Report on horse surra - Volume I
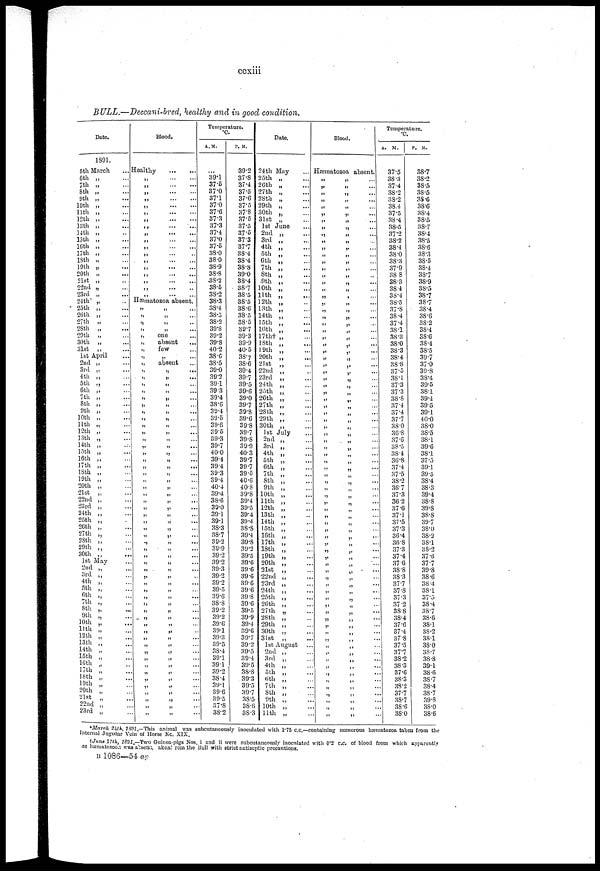
ccxiii
BULL.—Deccani-bred, healthy and in good condition.
Date.
1891.
5th
6th
7th
8th
9th
10th
11th
12th
13th
14th
15th
16th
17th
18th
19th
20th
21st
22nd
23rd
24th*
25th
26th
27th
28th
29th
30th
31st
1st
2nd
3rd
4th
5th
6th
7th
8th
9th
10th
11th
12th
]3th
14th
15th
16th
17th
18th
19th
20th
21st
22nd
23rd
24th
25th
26th
27th
28th
29th
30th
1st
2nd
3rd
4th
5th
6th
7th
8th
9th
10th
11th
12 th
13th
14th
15th
16th
17th
18th
19th
20th
21st
22nd
23rd
March
„
„ ...
,„
...
„ ...
„
...
„ ...
„
...
„
...
„
„
...
„
...
„
...
„
„
„
...
„
„
„
...
„
„
„ ...
„
...
„ ...
„
...
„ ...
„
...
April
„ ...
„ ...
„
„
„ ...
„
...
„ ...
„
„
„
„
...
„
„
„
...
„
„
...
„
...
„
...
„
...
„
...
„
...
„
...
„
...
„
„
...
„
„
„
„
...
May
„ ...
„
„
„
„
„
..
„
...
„
„ ...
„
...
„
..
„
..
„
..
„
„
..
„
..
„
...
„
„
..
„
Blood.
Healthy
„
„
„
„
„
„
„
„
„
„
„
„
„
„
„
„
„
„
...
...
...
...
...
...
...
...
...
...
...
...
...
...
...
...
...
...
...
...
...
...
...
...
...
...
...
...
...
...
...
...
...
..
Hæmatozoa absent.
„
„
„
„
„
„
„
„
„
„
„
„
„
„
„
„
„
„
„
„
„
„
„
„
„
„
„
„
„
„
„
„
„
„
„
„
„
„
„
„
„
„
„
„
„
„
„
„
„
„
„
„
„
„
„
„
„
„
„
„
„
„
„
„
„
one
absent
few
„
absent
„
„
„
„
„
„
„
„
„
„
„
„
„
„
„
„
„
„
„
„
„
„
„
„
„
„
„
„
„
„
„
„
„
„
„
„
„
„
„
„
„
„
„
„
„
„
„
„
„
„
„
...
...
...
...
...
...
...
...
...
...
...
...
...
...
...
...
...
...
...
...
...
...
...
...
...
...
...
...
...
...
...
...
...
...
...
...
..
...
...
..
..
..
..
.
..
..
..
..
..
..
..
..
...
..
Temperature.
°C.
A. M.
...
39.1
37 5
37.0
37.1
37.0
37.6
37.3
37.3
37.4
37.0
37.5
38.0
38.0
38.9
38.8
38.2
38.5
38.2
38.3
88.4
38.5
38.2
39.8
39.2
39.8
40.2
38.6
38.5
39.0
39.2
39.1
39 3
39.4
38.6
39.4
39.5
39.6
39.5
39.3
39.7
40.0
39.4
39 4
39.3
39.4
40.4
39.4
38.6
39.0
39.1
39.1
38.3
38.7
39.2
39.9
39.2
39.2
39.3
39.2
39.2
39.5
39.6
38.8
39.2
39.2
39.6
39.1
39.3
39.5
38.4
39.1
39.1
39.2
38.4
39.1
39.6
39.5
37.8
38.2
P. M.
39.2
37.8
37.4
37.5
37.6
37.5
37.8
37.5
37.5
37.5
37.3
37.7
38.4
38.4
38.8
39.0
38.4
38.7
38.5
38.5
38.6
38.5
38.5
39.7
39.3
39.9
40.5
38.7
38.6
39.4
39.7
39.5
39.6
39.0
39.7
39.8
39.6
39.8
39.7
39.8
39.9
40.3
39.7
39.7
39.5
40.6
40.8
39.8
39.4
39.5
39.4
39.4
38.8
39.4
39.8
39.2
39.5
39.6
39.6
39.6
39.6
39 6
39.8
39.6
39.5
39.9
39.4
39.6
39.7
39.2
39.5
39.4
39.5
38.8
39.3
39.5
39.7
38.5
38.6
38.3
Date.
24th
25th
26th
27th
28th
29th
30th
31st
1st
2nd
3rd
4th
5th
6th
7th
8th
9th
10th
11th
12th
13th
14th
15th
16th
17th
18th
19th
20th
21st
22nd
23rd
24th
25th
26th
27th
28th
29th
30th
1st
2nd
3rd
4th
5th
6th
7th
8th
9th
10th
11th
12th
13th
14th
15th
16th
17th
18th
19th
20th
21st
22nd
23rd
24th
25th
26th
27th
28th
29th
30th
31st
1st
2nd
3rd
4th
5th
6th
7th
8th
9th
10th
11th
May
„
...
„
...
„
...
„
...
„
...
„
„
...
June
„ ...
„ ...
„
...
„
...
„
...
„ ...
„ ...
„ ...
„ ...
„
„ ...
„ ...
„ ...
„ ...
„
...
„
„
„
„
...
„ ...
„
...
„
...
„ ...
„ ...
„ ...
„ ...
„ ...
„
...
„
...
July
„ ...
„ ...
„ ...
„ ...
„
„
„
„
„
„
„
„
.„
„
...
„ ...
„
„ ...
„ ...
„ ...
„ ...
„
...
„
...
„
...
„
„ ...
„ ...
„
„ ...
„ ...
„ ...
August
„
„
...
„
...
„
...
...
„
...
„
...
„
...
„
„
Blood.
Hæmatozoa absent.
„
„
„
„
„
„
„
„
„
„
„
„
„
„
„
„
„
„
„
„
„
„
„
„
„
„
„
„
„
„
„
„
„
„
„
„
„
„
„
„
„
„
„
„
„
„
„
„
„
„
„
„
„
„
„
„
„
„
„
„
„
„
„
„
„
„
„
„
„
„
„
„
„
„
„
„
„
„
„
„
„
„
„
„
„
„
„
„
„
„
„
„
„
„
„
„
„
„
„
„
„
„
„
„
„
„
„
„
„
„
„
„
„
„
„
„
„
„
„
„
„
„
„
„
„
„
„
„
„
„
„
„
„
„
„
„
„
„
„
„
„
„
„
„
„
„
„
„
„
„
„
„
„
„
„
...
...
...
...
...
...
...
...
...
...
...
...
...
...
...
...
...
...
...
....
...
...
...
...
...
...
...
...
...
...
...
...
...
...
...
...
...
...
....
...
...
...
...
...
...
...
...
...
...
...
...
...
...
...
...
...
...
...
...
...
..
...
...
...
...
...
...
...
...
...
...
...
...
...
...
Temperature. °C
A.
M.
37.5
38.3
37 4
38.2
38.2
38.4
37.5
38.4
38.5
37.2
38.2
38.4
38.0
38.3
37.9
38.8
38.3
38. 4
38.4
38.5
37.8
38.4
37.4
38.1
38.3
38 .0
38.3
38.4
38.8
37.5
38.1
37.3
37.3
38.8
37.4
37.4
37.7
38.0
36.8
37.6
38.5
38.4
36.8
37.4
37.5
38.2
36.7
37.3
36 2
37.6
37.1
37.5
37.3
36.4
36.8
37.3
37.4
37 .6
38.8
38.3
37.7
37.8
37.3
37.2
38.8
38.4
37.6
37.4
37.8
37.5
37.7
38.2
38.3
37.6
38.3
38.2
37.7
38.7
38.6
38.0
P.
M.
38.7
38.2
38.5
38.5
38.6
38.6
38.4
38.5
38.7
38.4
38.5
38.6
38.3
38.5
38.4
38.7
38.9
38.5
38.7
38.7
38.4
38.6
38.2
38.4
38.6
38.4
38.5
39.7
37.0
39.8
38.4
39.5
381
39.4
39.5
39.1
40.0
38.0
38.5
38.1
39.6
38.1
37.5
39.1
39.5
38.4
38.3
39.4
38.8
39.8
38.8
39.7
38.0
38.2
38.1
38.2
37.6
37.7
39.8
38.6
38.4
38.1
37.5
38.4
38.7
38.6
38.1
38.2
38.1
38.0
38.7
38.8
39.1
38.6
38. 7
38.4
38.7
39.8
38.0
38.6
*March 24th, 1891.-This animal was subcutaneously inoculated with 1.75 c.c.—containing numerous hæmatozoa taken from the
Internal Jugular Vein of Horse No. XIX.
†June 17th, 1891.—Two Guinea-pigs Nos. i and ii were subcutaneously inoculated with 0.2 c.c. of blood from which apparently
no hæmatozoon was absent, taken from the Bull with strict antiseptic precautions.
B 1086—54 ap